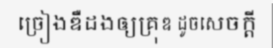
ច្រៀងឌឺដងឲ្យគ្រុឌ ដូចសេចក្តី